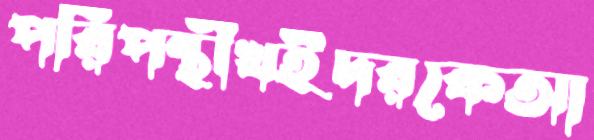
পরিপন্থীখইদরকেআ